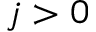
j > 0